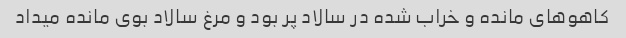
کاهو‌های مانده و خراب شده در سالاد پر بود و مرغ سالاد بوی مانده میداد